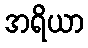
အရိယာ